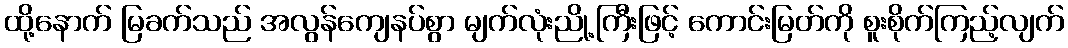
ထို့နောက် မြခက်သည် အလွန်ကျေနပ်စွာ မျက်လုံးညို့ကြီးဖြင့် ကောင်းမြတ်ကို စူးစိုက်ကြည့်လျက်